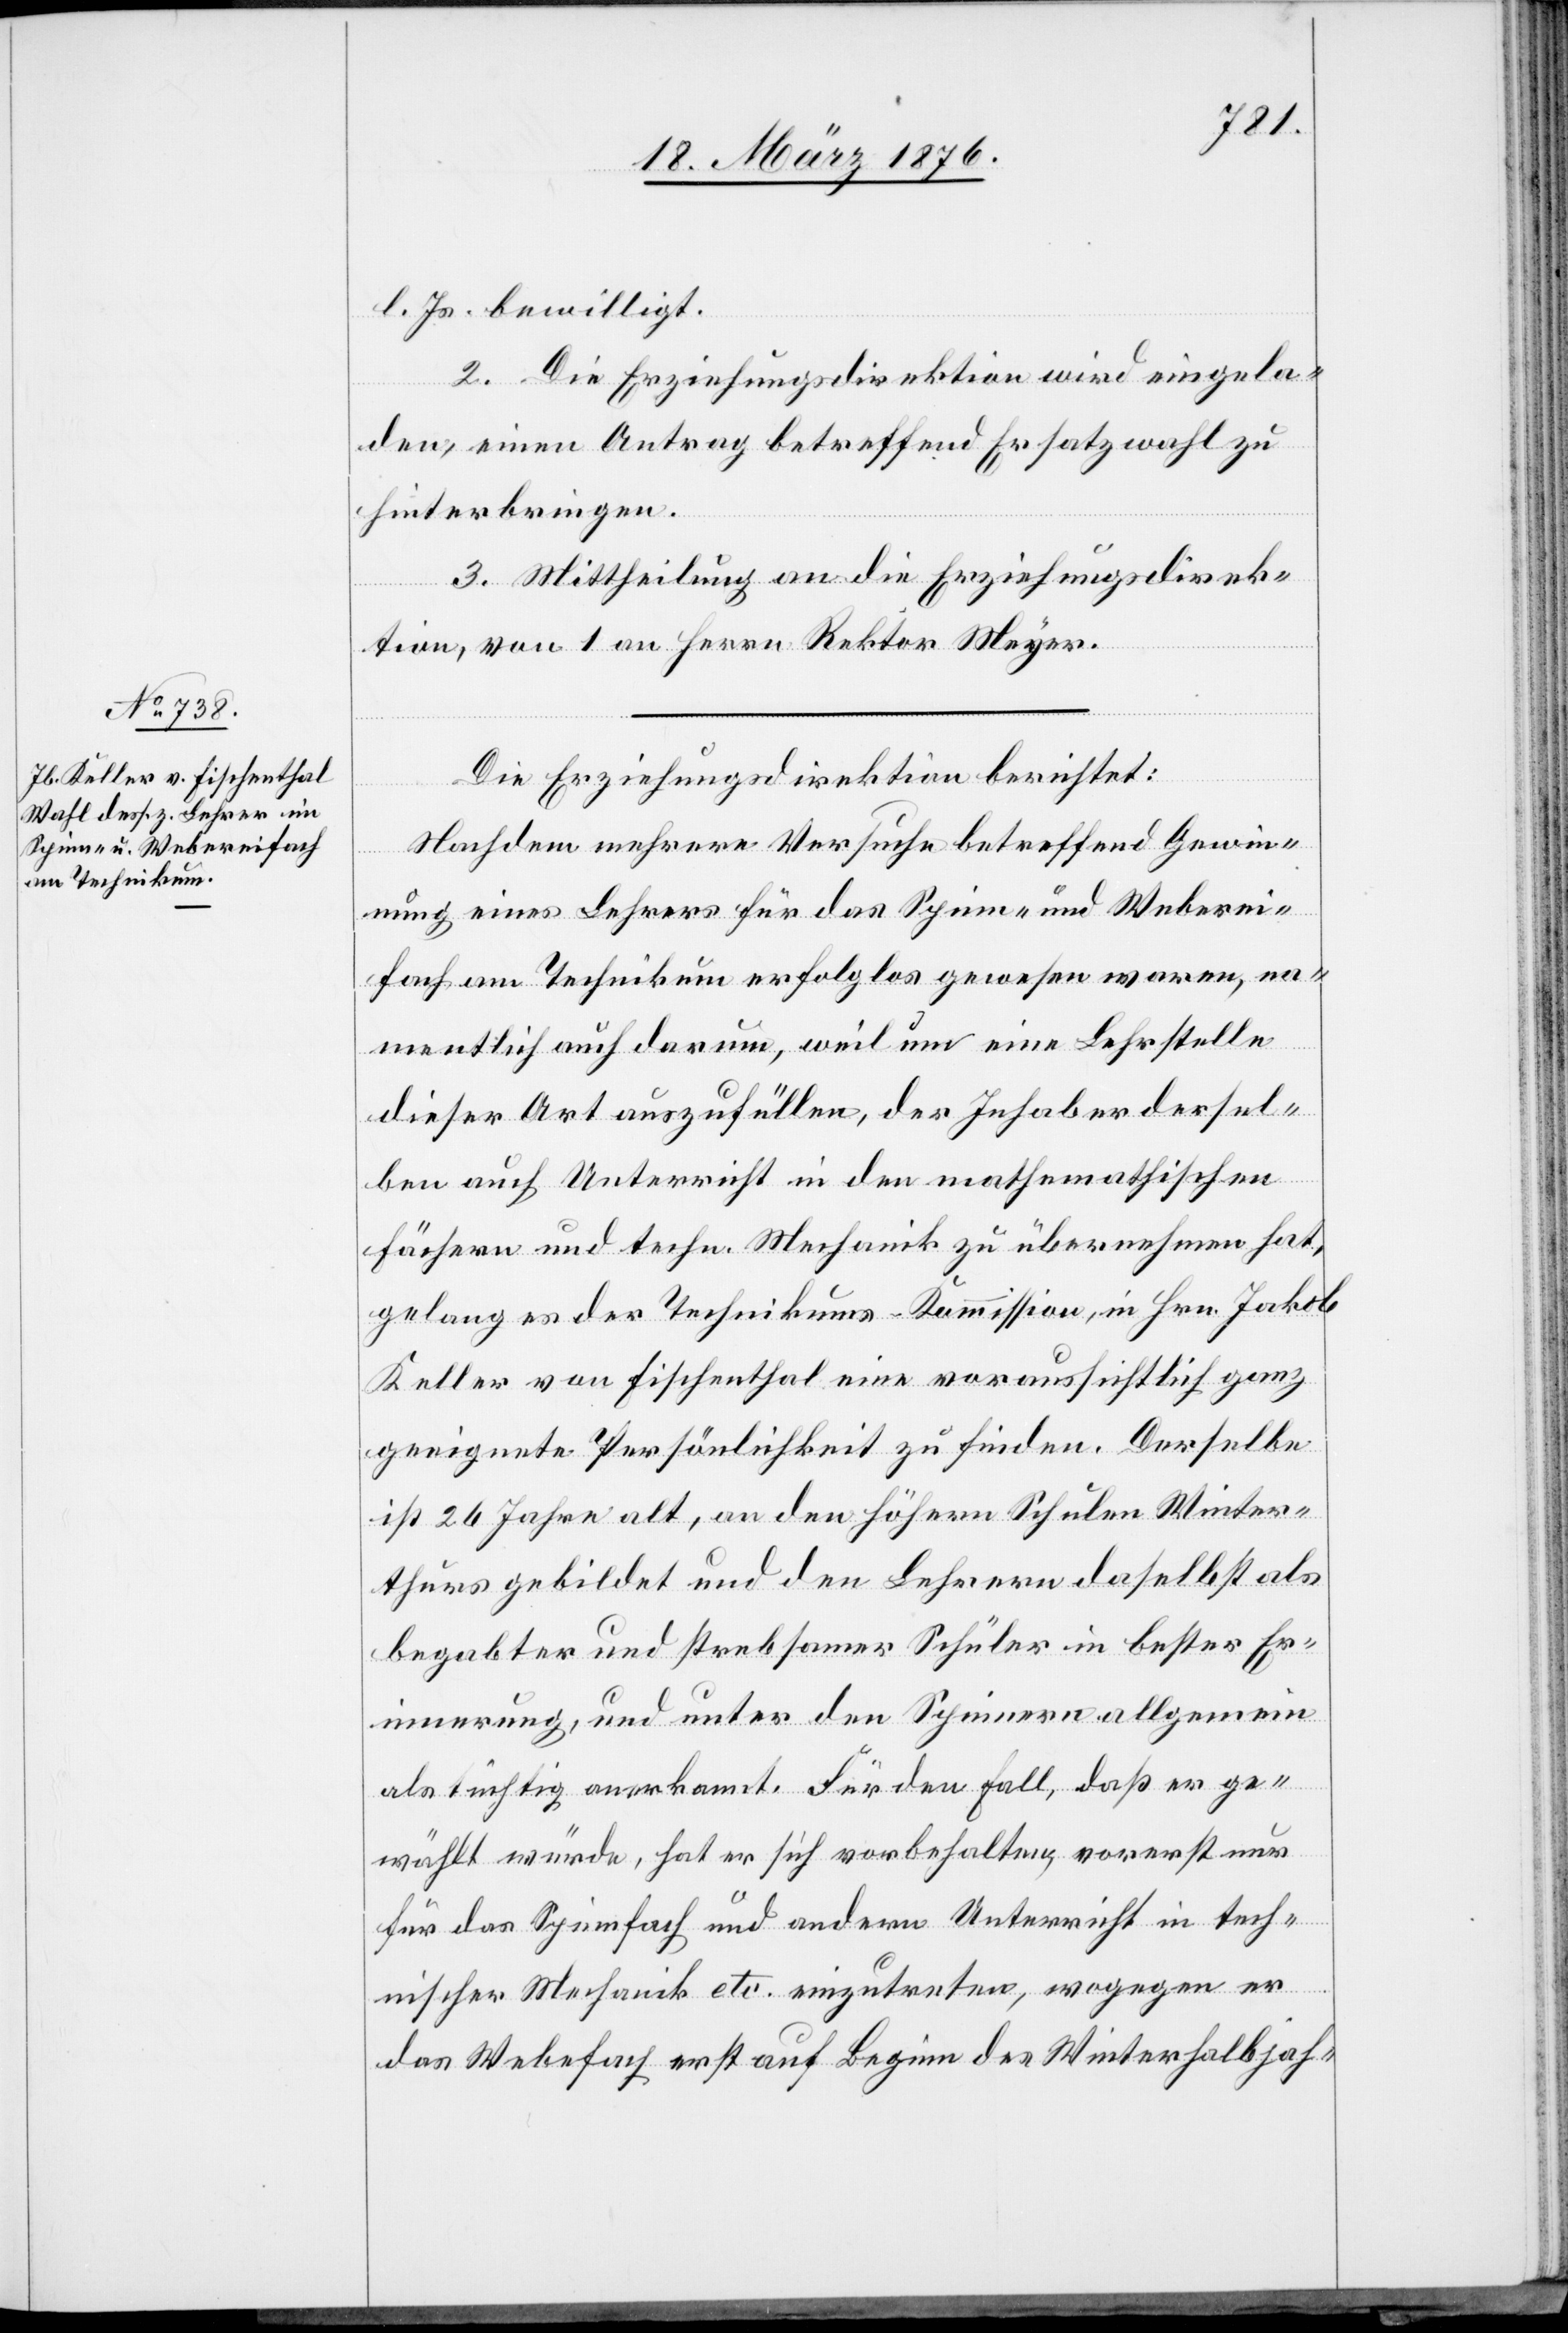
l. Js. bewilligt.
2. Die Erziehungsdirektion wird eingela¬
den, einen Antrag betreffend Ersatzwahl zu
hinterbringen.
3. Mittheilung an die Erziehungsdirek¬
tion, von 1 an Herrn Rektor Meyer.
Die Erziehungsdirektion berichtet:
Nachdem mehrere Versuche betreffend Gewin¬
nung eines Lehrers für das Spinn- und Weberei¬
fach am Technikum erfolglos gewesen waren, na¬
mentlich auch darum, weil nur eine Lehrstelle
dieser Art auszufüllen, der Inhaber dersel¬
ben auch Unterricht in den mathematischen
Fächern und techn. Mechanik zu übernehmen hat,
gelang es der Technikum-Kommission, in Hrn. Jakob
Keller von Fischenthal eine voraussichtlich ganz
geeignete Persönlichkeit zu finden. Derselbe
ist 26 Jahre alt, an den höhern Schulen Winter¬
thurs gebildet und den Lehrern daselbst als
begabter und strebsamer Schüler in bester Er¬
innerung, und unter den Spinnern allgemein
als tüchtig anerkannt. Für den Fall, daß er ge¬
wählt würde, hat er sich vorbehalten, vorerst nur
für das Spinnfach und andern Unterricht tech¬
nischer Mechanik etc. einzutreten, wogegen er
das Webefach erst auf Beginn des Winterhalbjah-